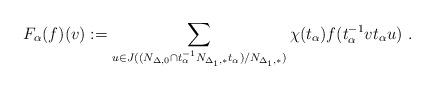
LaTeX: \begin{align*}F_{\alpha}(f)(v):=\sum_{u\in J((N_{\Delta,0}\cap t_\alpha^{-1}N_{\Delta_1,\ast}t_\alpha)/ N_{\Delta_1,\ast})}\chi(t_\alpha)f(t_\alpha^{-1}vt_\alpha u)\ . \end{align*}